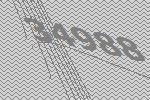
34988